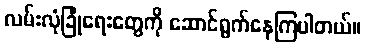
လမ်းလုံခြုံရေးတွေကို ဆောင်ရွက်နေကြပါတယ်။